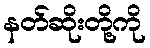
နတ်ဆိုးတို့ကို